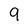
Character: 9